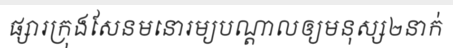
ផ្សារក្រុងសែនមនោរម្យបណ្តាលឲ្យមនុស្ស២នាក់